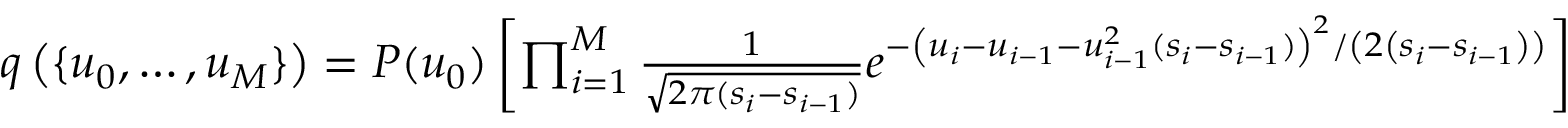
\begin{array} { r } { q \left( \{ u _ { 0 } , \ldots , u _ { M } \} \right) = P ( u _ { 0 } ) \left[ \prod _ { i = 1 } ^ { M } \frac { 1 } { \sqrt { 2 \pi ( s _ { i } - s _ { i - 1 } ) } } e ^ { - \left( u _ { i } - u _ { i - 1 } - u _ { i - 1 } ^ { 2 } ( s _ { i } - s _ { i - 1 } ) \right) ^ { 2 } / \left( 2 \left( s _ { i } - s _ { i - 1 } \right) \right) } \right] } \end{array}